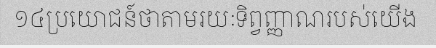
១៤ប្រយោជន៍ថាតាមរយៈទិព្វញ្ញាណរបស់យើង